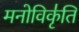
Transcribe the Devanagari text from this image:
मनोविकृ॑ति